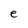
Character: e